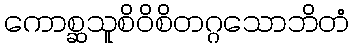
ကောစ္ဆသူစိဝိစိတဂ္ဂသောဘိတံ